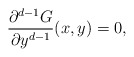
\begin{align*}\frac{\partial^{d-1} G}{\partial y^{d-1}} (x,y)=0,\end{align*}